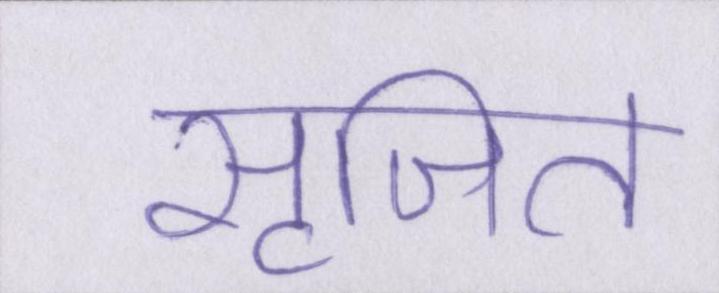
सृजित